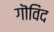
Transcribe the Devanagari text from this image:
गॊविंद